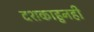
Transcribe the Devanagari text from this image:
दशकाहुनही